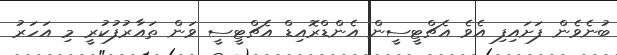
ބުނެވެން ފަށައިފި އެވެ އެޗްޓީސީން އެންޑްރޮއިޑް އެޗްޓީސީ ވަން ތައާރުފުކުރީ މި އަހަރު